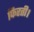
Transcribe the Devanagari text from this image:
फिरती।